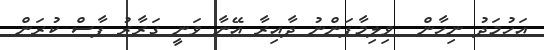
އަހުމަދު ނިހާން  ވިލިމާފަންނު ދާއިރާ އޭނާ ވަނީ ގަރާރު ފާސް ކުރަން